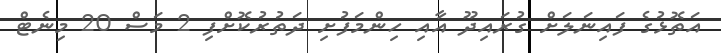
އަތޮޅުގެ ފައިނަލަށް ގުރައިދޫ އާއި ހިންމަފުށި ދަތުރުކޮށްފި 2 މަސް 20 މިނެޓް